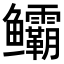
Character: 𬶻